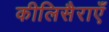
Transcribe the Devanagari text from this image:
कीलिसैराएँ